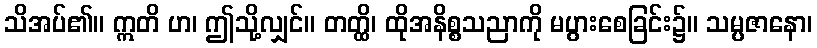
သိအပ်၏။ ဣတိ ဟ၊ ဤသို့လျှင်။ တတ္ထိ၊ ထိုအနိစ္စသညာကို မပွားစေခြင်း၌။ သမ္ပဇာနော၊